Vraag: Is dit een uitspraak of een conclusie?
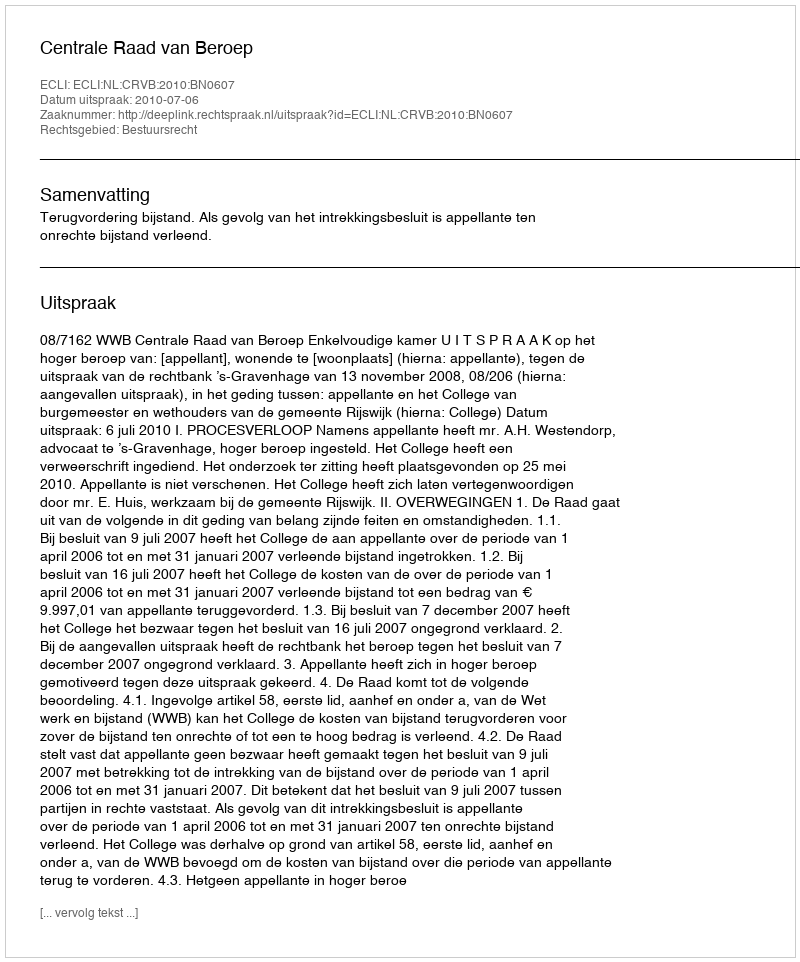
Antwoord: Uitspraak